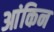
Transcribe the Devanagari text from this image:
आंकिन